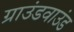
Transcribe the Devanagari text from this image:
ग्राउंडवाउंड